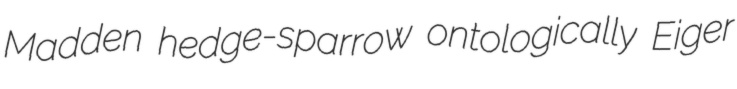
Madden hedge-sparrow ontologically Eiger